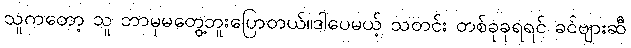
သူကတော့ သူ ဘာမှမတွေ့ဘူးပြောတယ်။ဒါပေမယ့် သတင်း တစ်ခုခုရရင် ခင်ဗျားဆီ